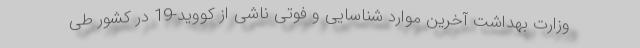
وزارت بهداشت آخرین موارد شناسایی و فوتی ناشی از کووید-19 در کشور طی